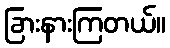
ခြားနားကြတယ်။